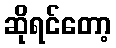
ဆိုရင်တော့